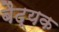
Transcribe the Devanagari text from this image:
बैद्यक